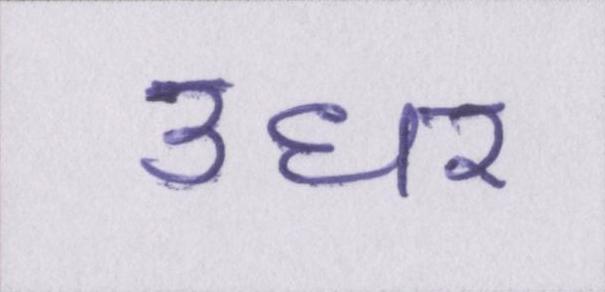
उधर